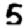
Digit: 5